Leaving Certificate Examination (including Day School Certificate (Higher) General paper), 1932
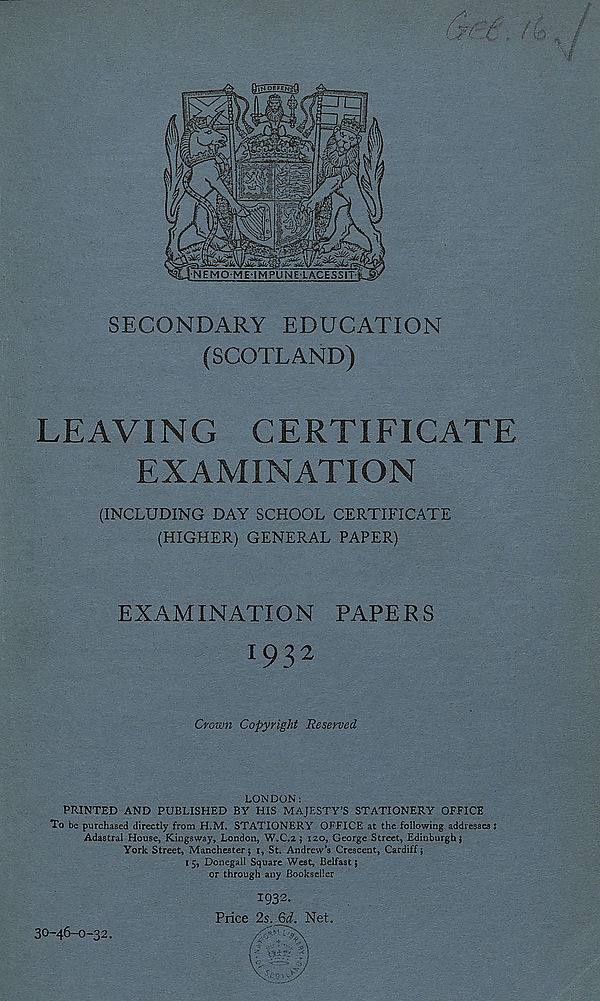
SECONDARY EDUCATION
(SCOTLAND)
LEAVING CERTIFICATE
EXAMINATION
(INCLUDING DAY SCHOOL CERTIFICATE
(HIGHER) GENERAL PAPER)
EXAMINATION PAPERS
x 932
Crown Copyright Reserved
LONDON:
PRINTED AND PUBLISHED BY HIS MAJESTY’S STATIONERY OFFICE
To be purchased directly from H.M. STATIONERY OFFICE at the following addresses j
Adastral House, Kingsway, London, W.C.2 ; 120, George Street, Edinburgh}
York Street, Manchester; 1, St. Andrew’s Crescent, Cardiff;
l 5, Donegall Square West, Belfast;
or through any Bookseller
1932.
Price 2s. 6d. Net.
30-46-0-32.